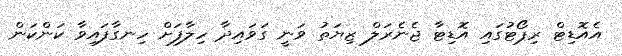
އެއޮޑިޓް ރިޕޯޓުގައި އޮޑިޓާ ޖެނެރަލް ޒިޔަތު ވަނީ ގަވައިދާ ހިލާފަށް ހިނގާފައިވާ ކަންކަން